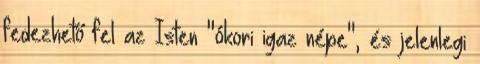
fedezhető fel az Isten "ókori igaz népe", és jelenlegi